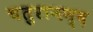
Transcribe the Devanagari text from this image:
चतुरानन्द